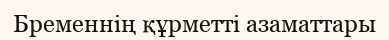
Бременнің құрметті азаматтары